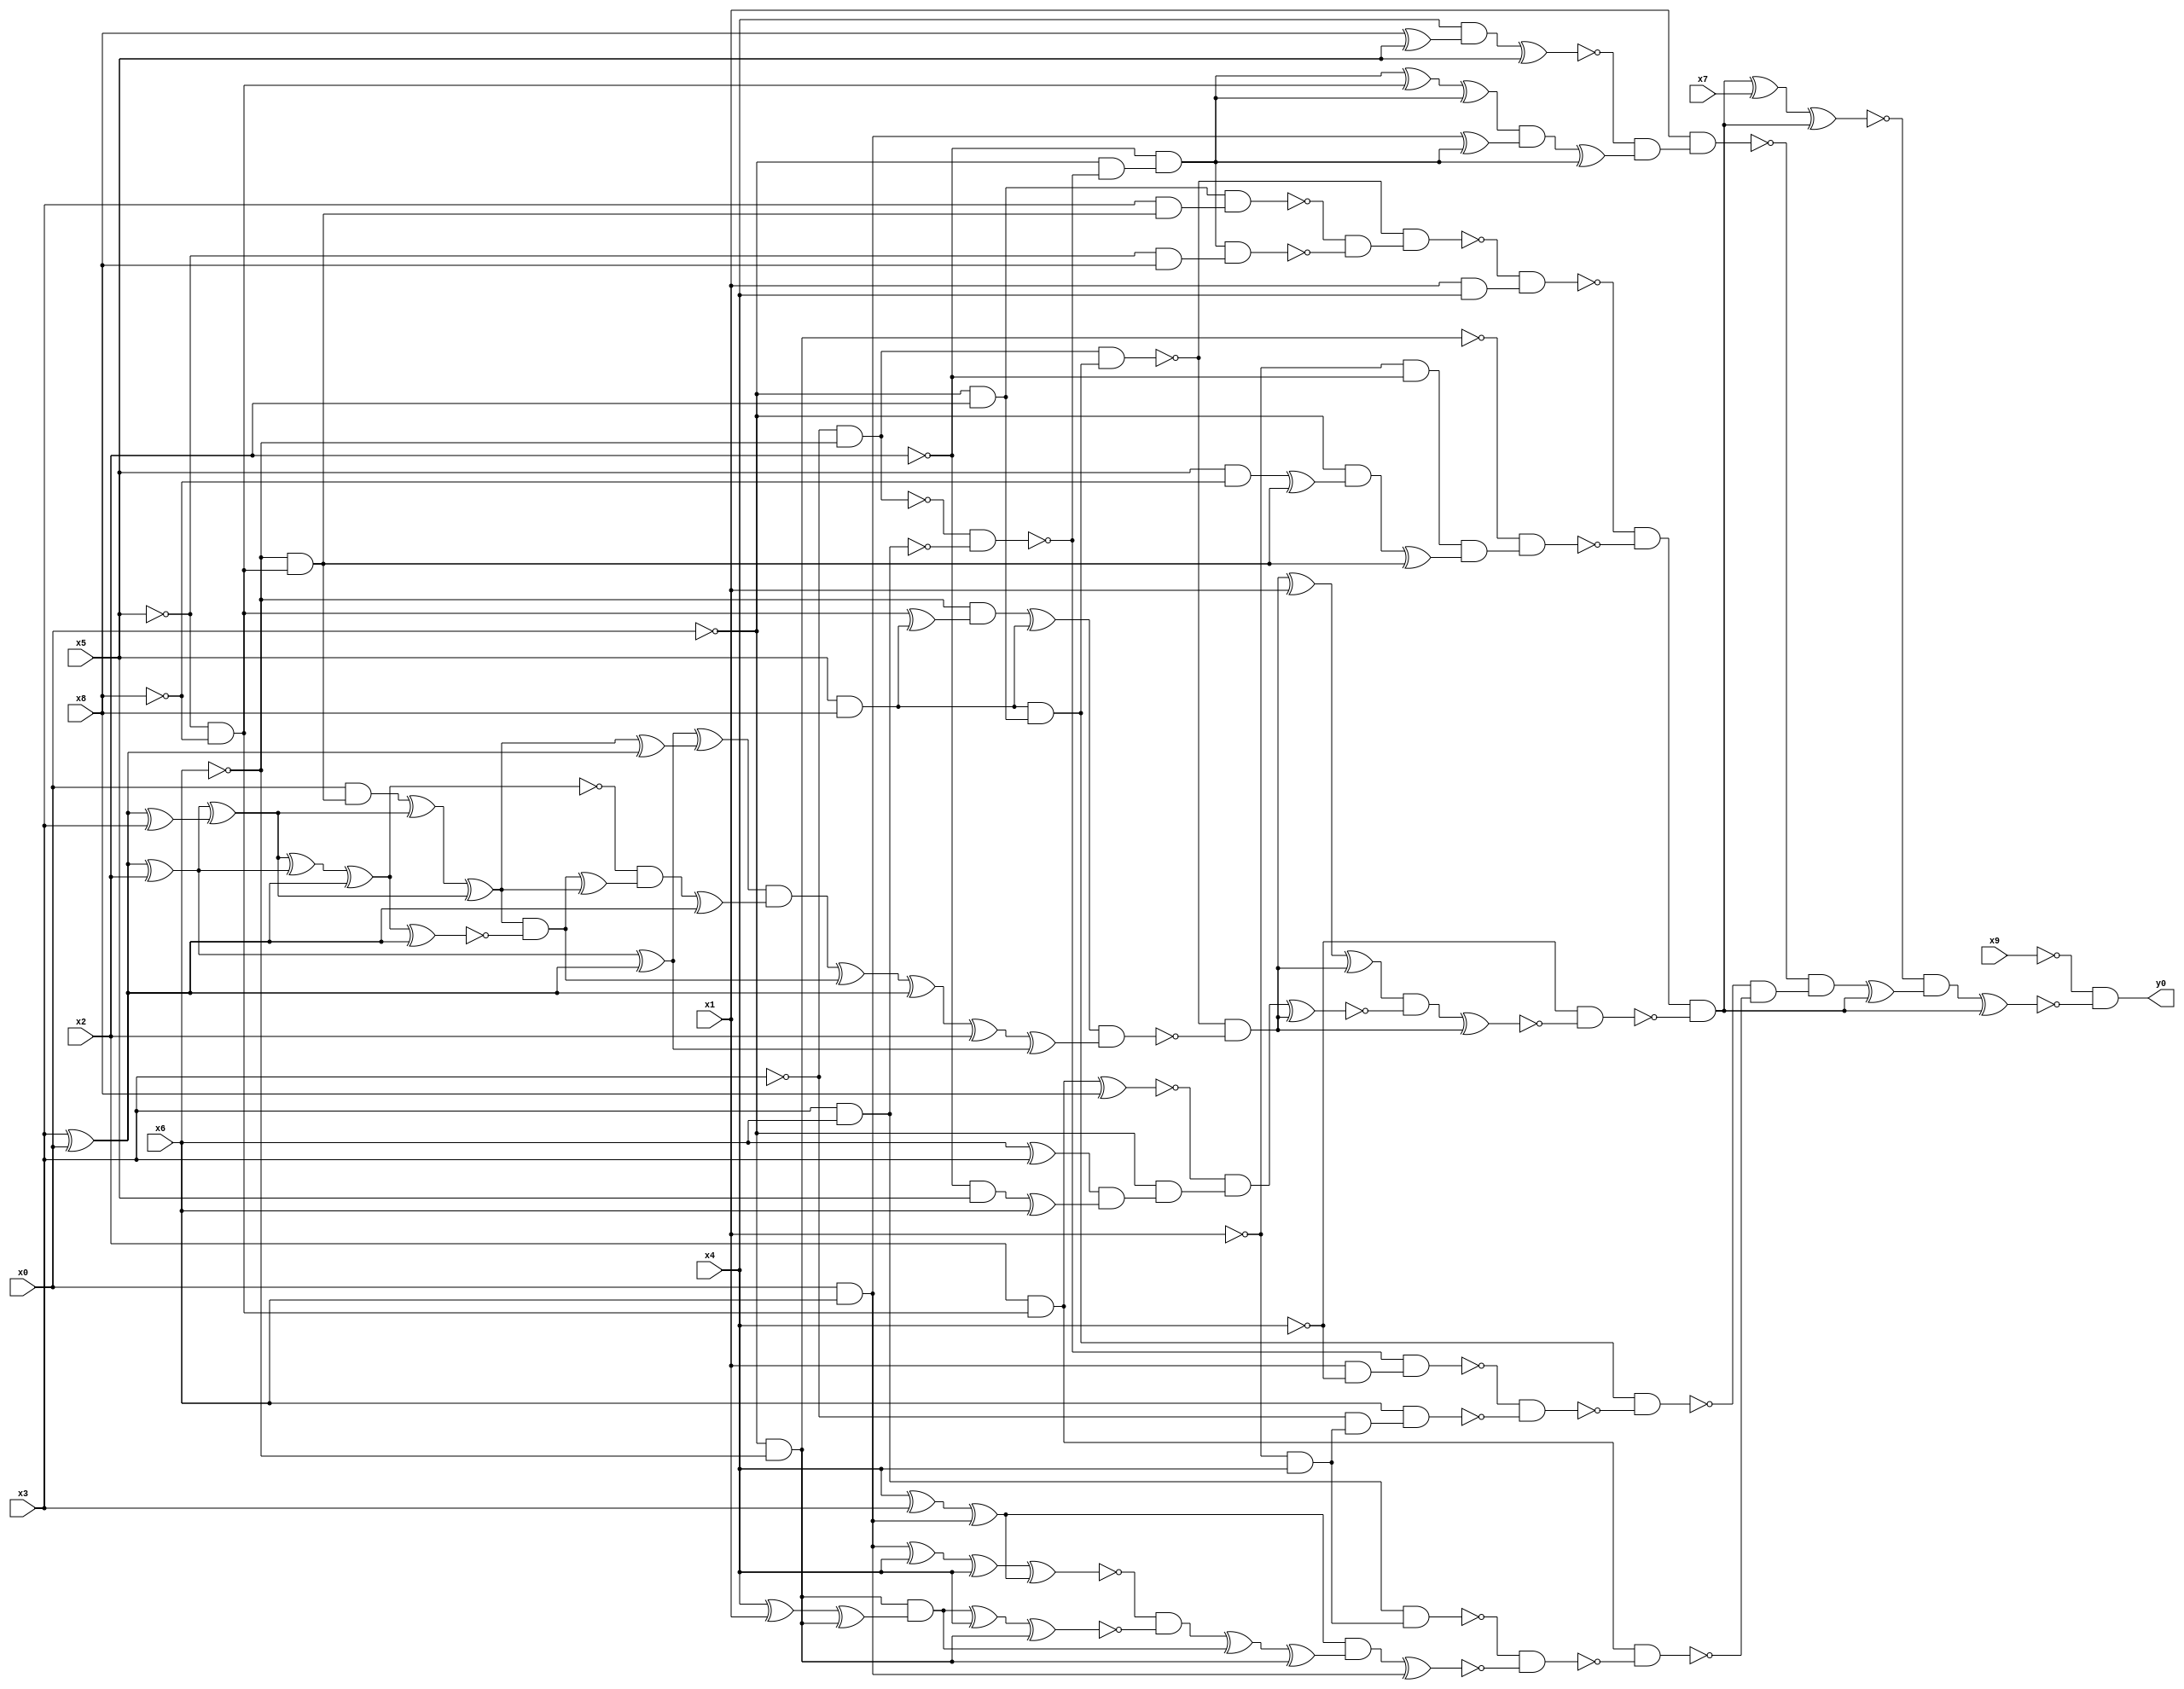
module top( x0 , x1 , x2 , x3 , x4 , x5 , x6 , x7 , x8 , x9 , y0 );
  input x0 , x1 , x2 , x3 , x4 , x5 , x6 , x7 , x8 , x9 ;
  output y0 ;
  wire n11 , n12 , n13 , n14 , n15 , n16 , n17 , n18 , n19 , n20 , n21 , n22 , n23 , n24 , n25 , n26 , n27 , n28 , n29 , n30 , n31 , n32 , n33 , n34 , n35 , n36 , n37 , n38 , n39 , n40 , n41 , n42 , n43 , n44 , n45 , n46 , n47 , n48 , n49 , n50 , n51 , n52 , n53 , n54 , n55 , n56 , n57 , n58 , n59 , n60 , n61 , n62 , n63 , n64 , n65 , n66 , n67 , n68 , n69 , n70 , n71 , n72 , n73 , n74 , n75 , n76 , n77 , n78 , n79 , n80 , n81 , n82 , n83 , n84 , n85 , n86 , n87 , n88 , n89 , n90 , n91 , n92 , n93 , n94 , n95 , n96 , n97 , n98 , n99 , n100 , n101 , n102 , n103 , n104 , n105 , n106 , n107 , n108 , n109 , n110 , n111 , n112 , n113 , n114 , n115 , n116 , n117 , n118 , n119 , n120 , n121 , n122 , n123 , n124 ;
  assign n11 = ~x3 & ~x6 ;
  assign n12 = x5 & x8 ;
  assign n13 = ~x0 & x2 ;
  assign n14 = n12 & n13 ;
  assign n15 = n11 & n14 ;
  assign n16 = ~x5 & ~x8 ;
  assign n17 = ~x6 & n16 ;
  assign n18 = x3 & n17 ;
  assign n19 = n13 & n18 ;
  assign n20 = x3 & x6 ;
  assign n21 = ~n11 & ~n20 ;
  assign n22 = ~x0 & ~n21 ;
  assign n23 = ~x2 & n22 ;
  assign n24 = ~x5 & x8 ;
  assign n25 = n23 & n24 ;
  assign n26 = ~n19 & ~n25 ;
  assign n27 = ~n15 & n26 ;
  assign n28 = x1 & x4 ;
  assign n29 = ~n27 & n28 ;
  assign n30 = ~x0 & ~x6 ;
  assign n31 = ~x1 & ~x2 ;
  assign n32 = x5 & ~x8 ;
  assign n33 = n32 ^ n17 ;
  assign n34 = ~x0 & n33 ;
  assign n35 = n34 ^ n17 ;
  assign n36 = n31 & n35 ;
  assign n37 = ~n30 & n36 ;
  assign n38 = ~n29 & ~n37 ;
  assign n39 = n16 ^ n12 ;
  assign n40 = ~x6 & n39 ;
  assign n41 = n40 ^ n12 ;
  assign n42 = x3 ^ x0 ;
  assign n44 = n42 ^ x2 ;
  assign n50 = n44 ^ n42 ;
  assign n46 = x0 & n17 ;
  assign n43 = n42 ^ x3 ;
  assign n45 = n44 ^ n43 ;
  assign n47 = n46 ^ n45 ;
  assign n48 = n47 ^ n45 ;
  assign n49 = n48 ^ n42 ;
  assign n51 = n50 ^ n49 ;
  assign n52 = n45 ^ n44 ;
  assign n53 = n52 ^ n42 ;
  assign n54 = n53 ^ n42 ;
  assign n55 = n48 & ~n54 ;
  assign n56 = n55 ^ n48 ;
  assign n57 = ~n53 & n56 ;
  assign n58 = n57 ^ n42 ;
  assign n59 = n51 & n58 ;
  assign n60 = n59 ^ n55 ;
  assign n61 = n60 ^ n42 ;
  assign n62 = n61 ^ x2 ;
  assign n63 = n62 ^ n50 ;
  assign n64 = n41 & n63 ;
  assign n65 = ~n15 & ~n64 ;
  assign n66 = n65 ^ x1 ;
  assign n67 = n66 ^ n65 ;
  assign n68 = x2 & n16 ;
  assign n69 = n68 ^ x8 ;
  assign n70 = x6 ^ x3 ;
  assign n71 = ~x2 & x5 ;
  assign n72 = n71 ^ x6 ;
  assign n73 = n70 & n72 ;
  assign n74 = ~x0 & n73 ;
  assign n75 = ~n69 & n74 ;
  assign n76 = n75 ^ n65 ;
  assign n77 = n67 & ~n76 ;
  assign n78 = n77 ^ n65 ;
  assign n79 = ~x4 & ~n78 ;
  assign n80 = n38 & ~n79 ;
  assign n81 = n80 ^ x7 ;
  assign n82 = n81 ^ n80 ;
  assign n83 = x8 ^ x5 ;
  assign n84 = x4 & n83 ;
  assign n85 = n84 ^ x5 ;
  assign n86 = n23 ^ n16 ;
  assign n87 = n86 ^ n23 ;
  assign n88 = x0 & x6 ;
  assign n89 = n88 ^ n23 ;
  assign n90 = n87 & n89 ;
  assign n91 = n90 ^ n23 ;
  assign n92 = ~n85 & n91 ;
  assign n93 = x1 & n92 ;
  assign n94 = x1 & ~x4 ;
  assign n95 = ~n21 & n94 ;
  assign n96 = ~x1 & x4 ;
  assign n97 = ~x3 & n96 ;
  assign n98 = x6 & n97 ;
  assign n99 = ~n95 & ~n98 ;
  assign n100 = n14 & ~n99 ;
  assign n101 = n20 & n96 ;
  assign n102 = x4 ^ x3 ;
  assign n103 = n102 ^ n88 ;
  assign n104 = n88 ^ x4 ;
  assign n105 = n104 ^ x4 ;
  assign n106 = n105 ^ n103 ;
  assign n107 = x4 ^ x1 ;
  assign n108 = n107 ^ n30 ;
  assign n109 = n30 & n108 ;
  assign n110 = n109 ^ x4 ;
  assign n111 = n110 ^ n30 ;
  assign n112 = ~n106 & ~n111 ;
  assign n113 = n112 ^ n109 ;
  assign n114 = n113 ^ n30 ;
  assign n115 = n103 & n114 ;
  assign n116 = n115 ^ n88 ;
  assign n117 = ~n101 & ~n116 ;
  assign n118 = n68 & ~n117 ;
  assign n119 = ~n100 & ~n118 ;
  assign n120 = ~n93 & n119 ;
  assign n121 = n120 ^ n80 ;
  assign n122 = ~n82 & n121 ;
  assign n123 = n122 ^ n80 ;
  assign n124 = ~x9 & ~n123 ;
  assign y0 = n124 ;
endmodule